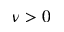
\nu > 0